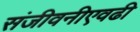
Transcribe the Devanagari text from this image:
संजीवनीएवढी